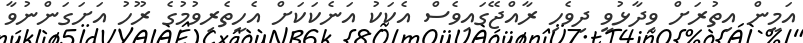
އަމީން އިތުރަށް ވިދާޅުވީ ދިވެހި ރާއްޖޭގައިވެސް އެކަކު އަނެކަކަށް އެހީތެރިވުމުގެ ރޫހު އަށަގަންނުވާ